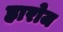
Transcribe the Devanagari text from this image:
हारोज